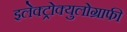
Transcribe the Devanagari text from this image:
इलेक्ट्रोक्युलोग्राफी